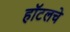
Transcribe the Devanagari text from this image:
हॉटलचे